Report on sanitation, dispensaries, and jails in Rajputana for 1915, and on vaccination for the year 1915-1916 - 1915-1916
Year: 1915
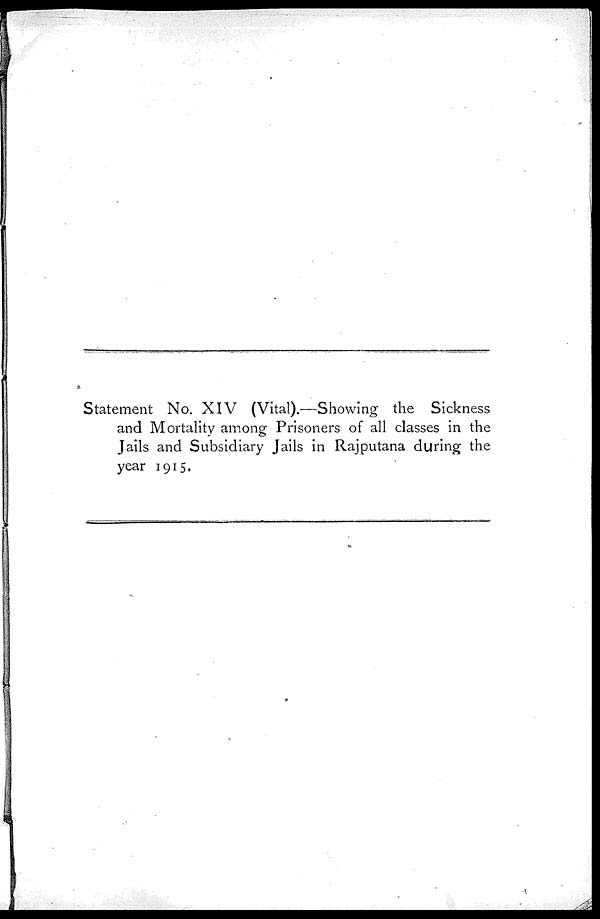
Statement No. XIV (Vital).—Showing the Sickness
and Mortality among Prisoners of all classes in the
Jails and Subsidiary Jails in Rajputana during the
year 1915.